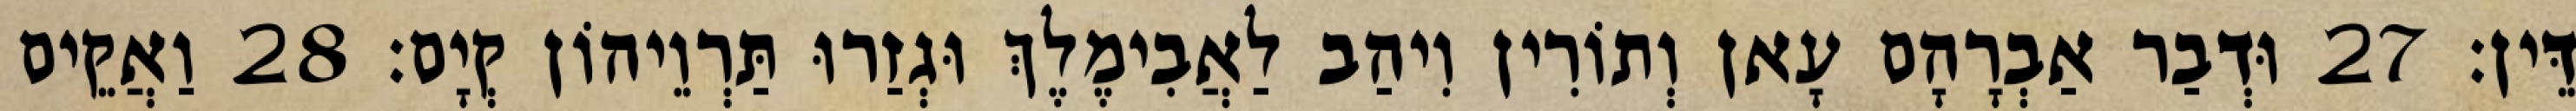
דֵּין׃ 27 וּדְבַר אַבְרָהָם עָאן וְתוֹרִין וִיהַב לַאֲבִימֶלֶךְ וּגְזַרוּ תַּרְוֵיהוֹן קְיָם׃ 28 וַאֲקֵים